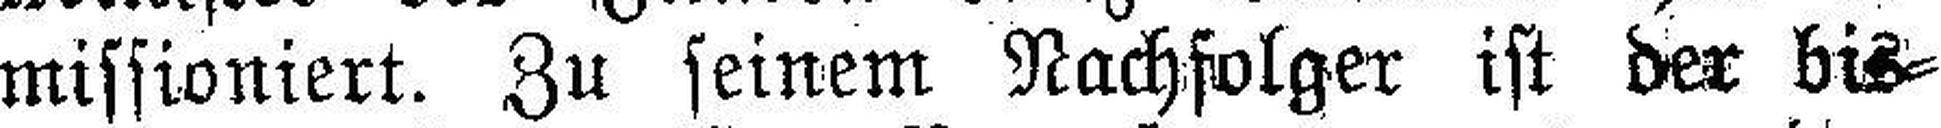
missioniert. Zu seinem Nachfolger ist der bis¬